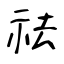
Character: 祛